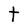
Character: t